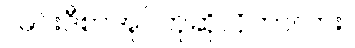
: မင်းဒီစာအုပ်ကိုဆိုလိုတာလား။